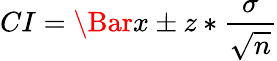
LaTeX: CI=\Bar{x}\pm z*\frac{\sigma}{\sqrt{n}}